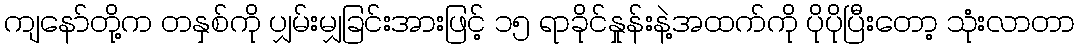
ကျနော်တို့က တနှစ်ကို ပျှမ်းမျှခြင်းအားဖြင့် ၁၅ ရာခိုင်နှုန်းနဲ့အထက်ကို ပိုပိုပြီးတော့ သုံးလာတာ